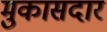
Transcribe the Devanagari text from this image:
मुकासदार